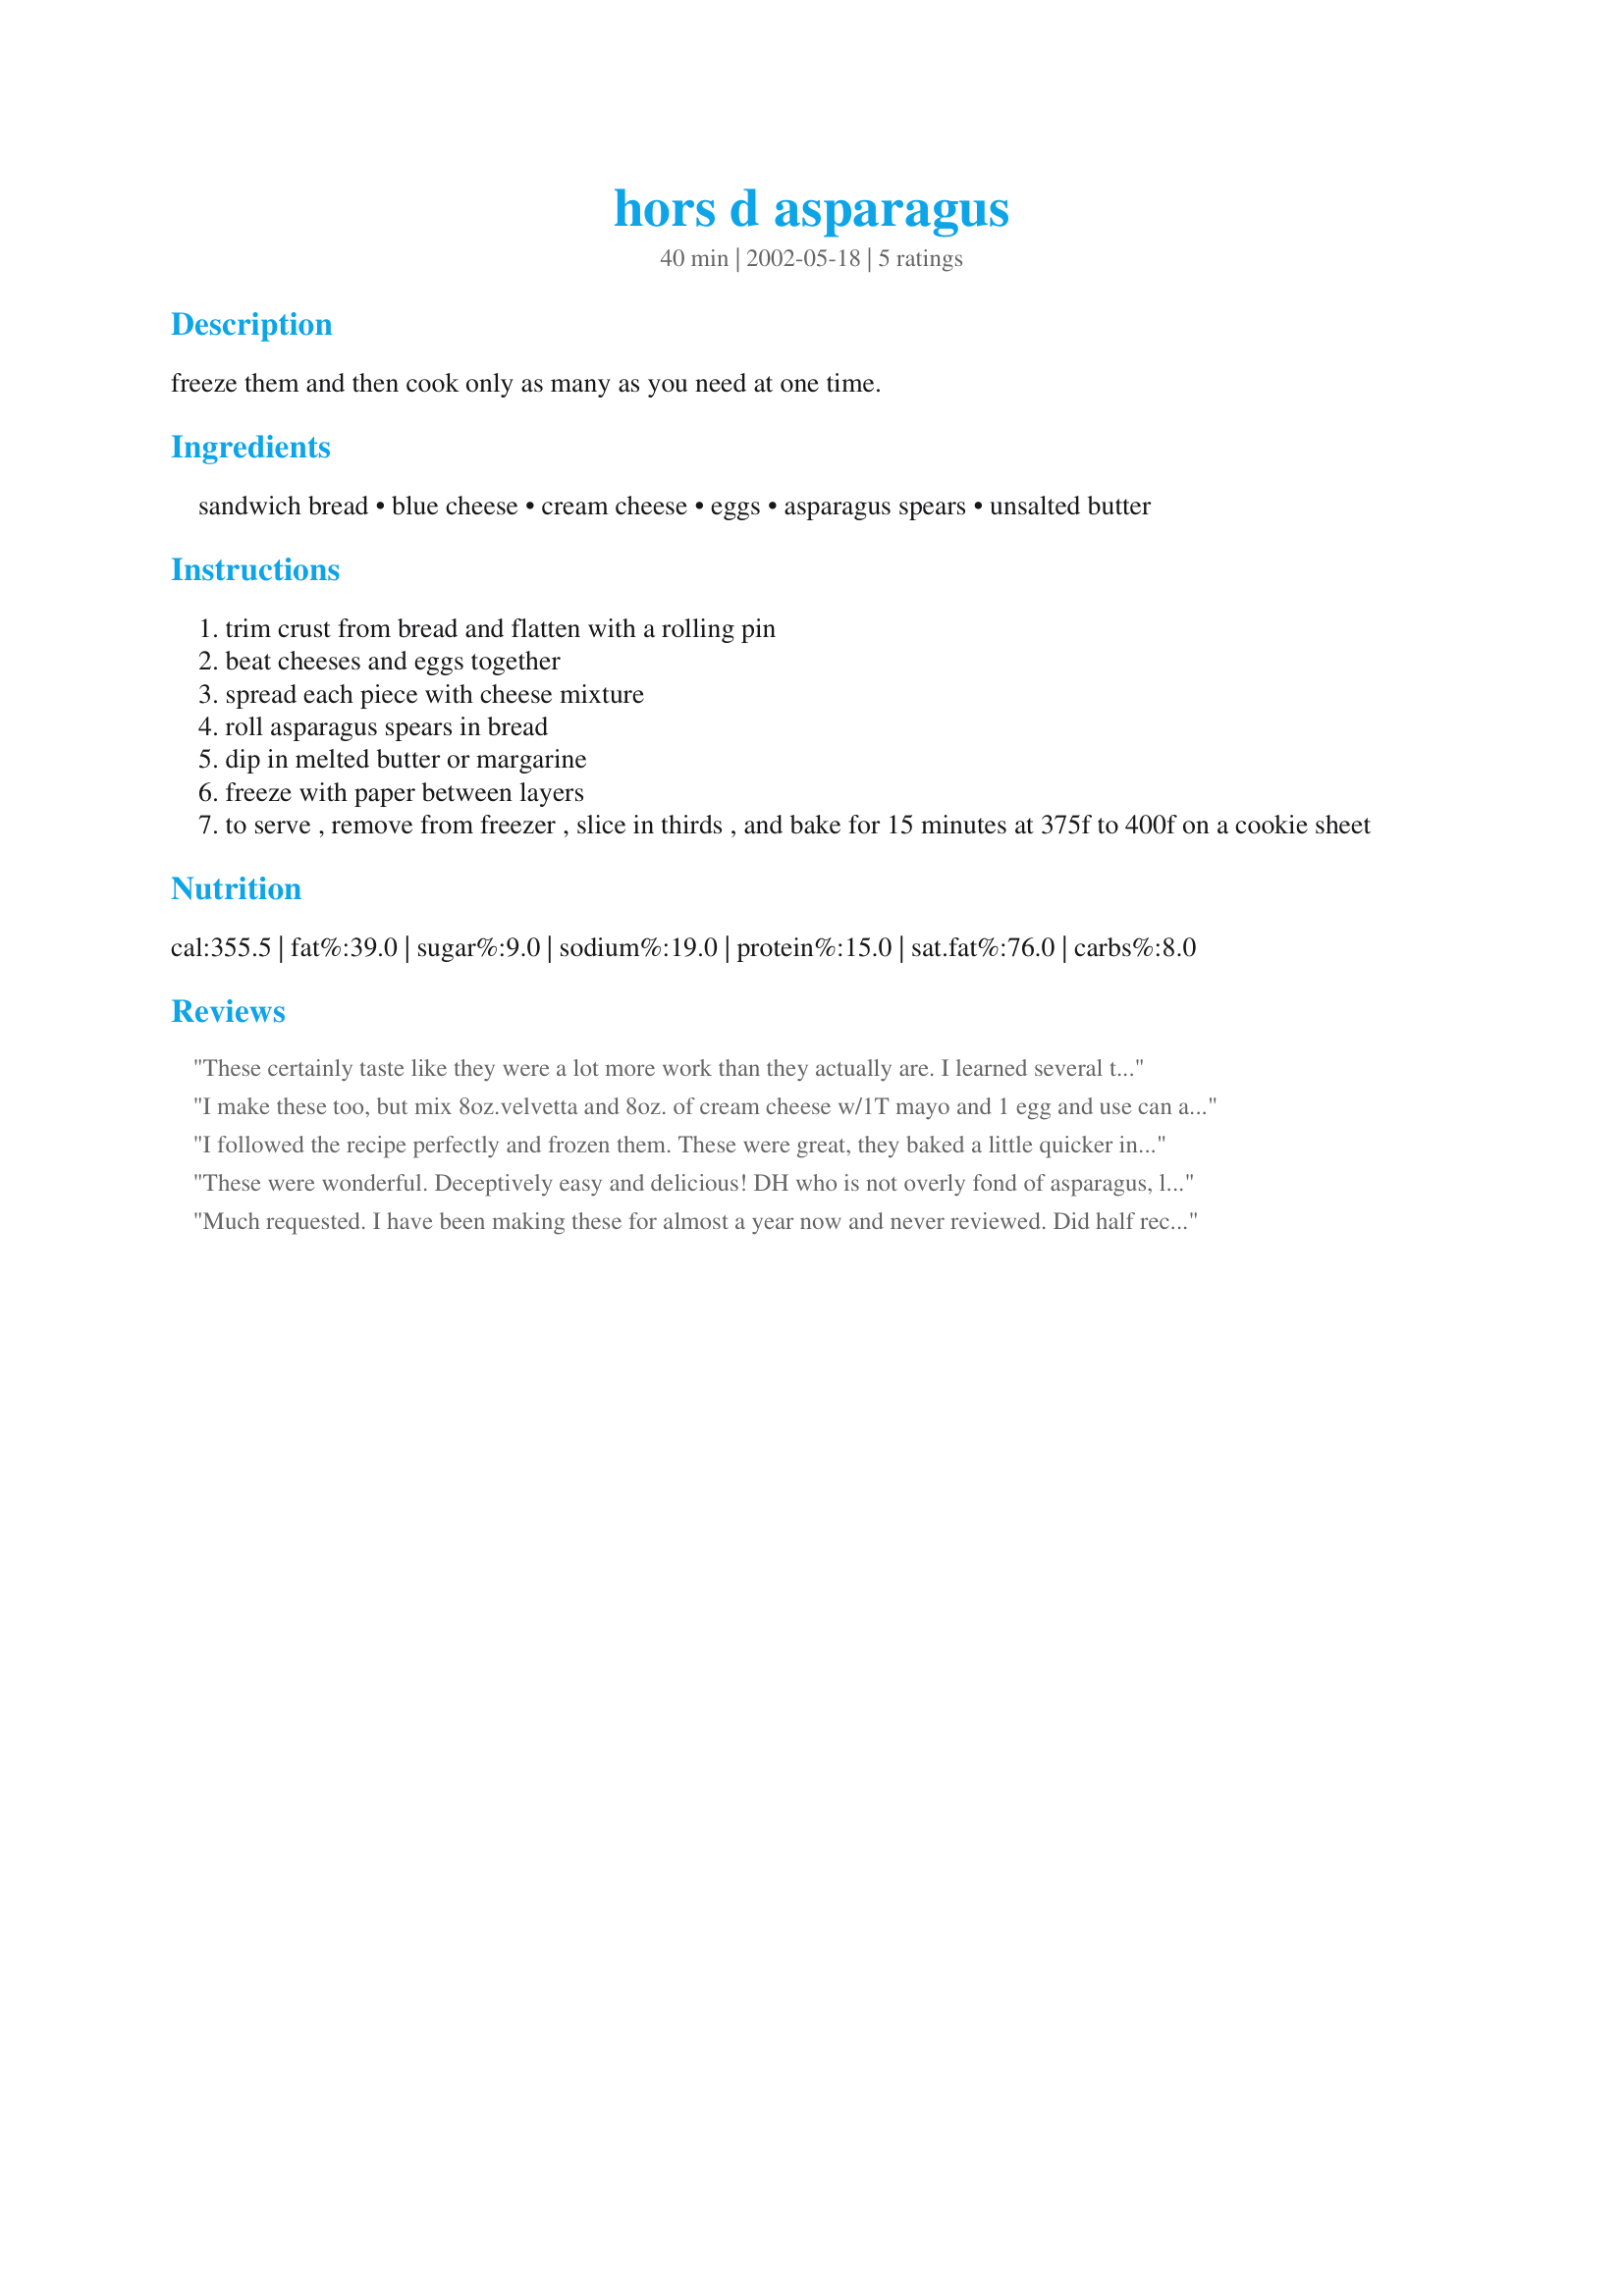
hors d asparagus
Preparation time: 40 minutes

freeze them and then cook only as many as you need at one time.

Ingredients:
sandwich bread, blue cheese, cream cheese, eggs, asparagus spears, unsalted butter

Steps:
trim crust from bread and flatten with a rolling pin
beat cheeses and eggs together
spread each piece with cheese mixture
roll asparagus spears in bread
dip in melted butter or margarine
freeze with paper between layers
to serve , remove from freezer , slice in thirds , and bake for 15 minutes at 375f to 400f on a cookie sheet

Reviews:
These certainly taste like they were a lot more work than they actually are. I learned several things from my first try: 1) I used Trader Joes frozen asparagus spears which are very thin and long, so broke them in half and used 3 of the half pieces in each bread. A different brand of fatter spears might be easier. 2) I found that I could only put 1 tablespoon of cheese filling on each bread and still be able to roll it up without it oozeing out. Therefore, I ended up with extra cheese mixture. Next time I will get 3 loaves of bread. 3) I put the first layer of rolls directly on the cookie sheet to freeze, but found that, once frozen, I could not get them off the cookie sheet to cut them in thirds. Next time I will put paper under the first layer in addition to between any additional layers. 4) I threw my cookie sheets of rolls in the freezer overnight. They were frozen so solidly that I could not cut through them. I think I need to try to cut them into smaller pieces when they are only half frozen.
All in all, this is a great way to make a large number of very tasty appetizers relatively quickly.
I make these too, but mix 8oz.velvetta and 8oz. of cream cheese w/1T mayo and 1 egg and use can aspargus spears. They fit perfect on the bread and I cut them into 4 pieces before dipping in butter,freeze quickly on a cookie sheet and drop them in ziploc freezer baggies
I followed the recipe perfectly and frozen them.
These were great, they baked a little quicker in her oven but still turned out great. I used fresh asparagus, but think I will try it with frozen next time. Thanks. Very tasty a keeper.
These were wonderful. Deceptively easy and delicious! DH who is not overly fond of asparagus, loved the idea and wants to make more and stuff with broccolli and ham. I did half the recipe, but would love to make the whole thing ahead and freeze and bake just in time for a week night get together. I have half frozen and will re-review when we make those! Thanks Miller!
Much requested. I have been making these for almost a year now and never reviewed. Did half recipe with no serious problems. Good with wheat bread too!
